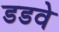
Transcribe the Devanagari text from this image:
डडवे